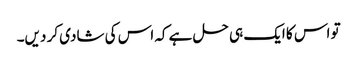
تو اس کا ایک ہی حل ہے کہ اس کی شادی کر دیں۔